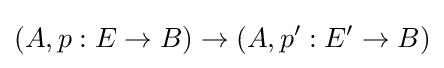
(A,p:E\to B)\to (A,p':E'\to B)